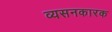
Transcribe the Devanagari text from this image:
व्यसनकारक